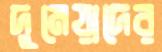
দুমেয়াদের